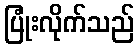
ပြုံးလိုက်သည်